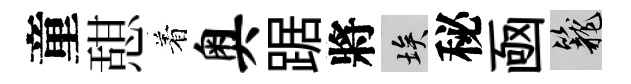
童憇着奥踞將埃秘凾籠